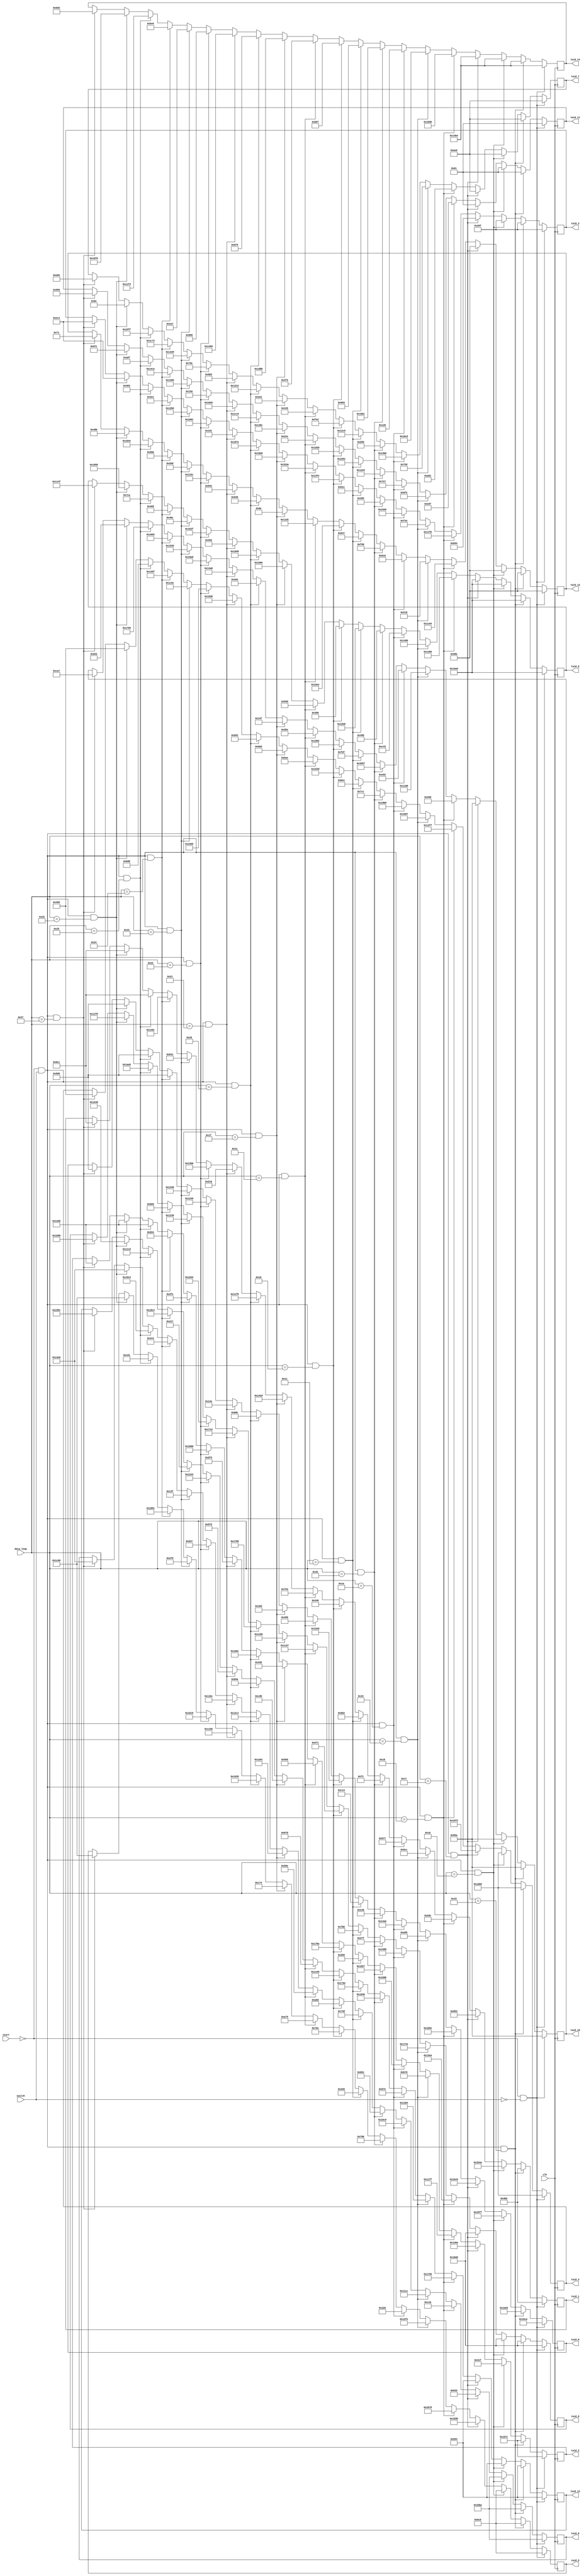
`timescale 1ns / 1ps

module twiddle_data(
    input start, switch, clk,
    input [5:0] data_loop,
    output reg [15:0] twid_0, twid_1, twid_2, twid_3,
           twid_4, twid_5, twid_6, twid_7,
           twid_8, twid_9, twid_10, twid_11,
           twid_12, twid_13, twid_14
    );
    
    //defining twiddle value 
    reg [15:0] shi_128 = 16'd4298, shi_64 = 16'd1213, shi_192 = 16'd5756;
    reg [15:0] shi_32 = 16'd0527, shi_160 = 16'd6832, shi_96 = 16'd1728, shi_224 = 16'd7098;
    
    reg [15:0] shi_16 = 16'd2784, shi_144 = 16'd6315, shi_80 = 16'd5033, shi_208 = 16'd2138;
    reg [15:0] shi_48 = 16'd0097, shi_176 = 16'd2132, shi_112 = 16'd2446, shi_240 = 16'd5300;
    
    //defining twiddle value 
    reg [15:0] shi_8 = 16'd6803, shi_4 = 16'd6986, shi_132 = 16'd0799;
    reg [15:0] shi_2 = 16'd2900, shi_130 = 16'd5618, shi_66 = 16'd7483, shi_194 = 16'd1587;
    
    reg [15:0] shi_1 = 16'd2689, shi_129 = 16'd5098, shi_65 = 16'd5013, shi_193 = 16'd0669;
    reg [15:0] shi_33 = 16'd3799, shi_161 = 16'd5977, shi_97 = 16'd7268, shi_225 = 16'd6918;
    
    //defining twiddle value 
    reg [15:0] shi_136 = 16'd5887, shi_68 = 16'd3411, shi_196 = 16'd5130;
    reg [15:0] shi_34 = 16'd4603, shi_162 = 16'd5119, shi_98 = 16'd7033, shi_226 = 16'd3099;
    
    reg [15:0] shi_17 = 16'd1885, shi_145 = 16'd5956, shi_81 = 16'd5248, shi_209 = 16'd4488;
    reg [15:0] shi_49 = 16'd2546, shi_177 = 16'd4964, shi_113 = 16'd0536, shi_241 = 16'd7109;
    
    //defining twiddle value
    reg [15:0] shi_72 = 16'd5835, shi_36 = 16'd0732, shi_164 = 16'd4607;
    reg [15:0] shi_18 = 16'd3892, shi_146 = 16'd6279, shi_82 = 16'd4862, shi_210 = 16'd4556;
    
    reg [15:0] shi_9 = 16'd5309, shi_137 = 16'd5512, shi_73 = 16'd3139, shi_201 = 16'd3586;
    reg [15:0] shi_41 = 16'd1959, shi_169 = 16'd1406, shi_105 = 16'd2838, shi_233 = 16'd0296;
    
    
    //defining twiddle value
    reg [15:0] shi_200 = 16'd7006, shi_100 = 16'd2508, shi_228 = 16'd2941;
    reg [15:0] shi_50 = 16'd6453, shi_178 = 16'd6584, shi_114 = 16'd0550, shi_242 = 16'd5833;
    
    reg [15:0] shi_25 = 16'd3376, shi_153 = 16'd0639, shi_89 = 16'd1115, shi_217 = 16'd7007;
    reg [15:0] shi_57 = 16'd4841, shi_185 = 16'd6470, shi_121 = 16'd3849, shi_249 = 16'd5809;

    
    //defining twiddle value
    reg [15:0] shi_40 = 16'd2645, shi_20 = 16'd2423, shi_148 = 16'd6299;
    reg [15:0] shi_10 = 16'd0869, shi_138 = 16'd1996, shi_74 = 16'd1800, shi_202 = 16'd1633;
    
    reg [15:0] shi_5 = 16'd4806, shi_133 = 16'd1979, shi_69 = 16'd7480, shi_197 = 16'd4055;
    reg [15:0] shi_37 = 16'd5713, shi_165 = 16'd5998, shi_101 = 16'd1607, shi_229 = 16'd1667;

    
    //defining twiddle value
    reg [15:0] shi_168 = 16'd5282, shi_84 = 16'd0243, shi_212 = 16'd7479;
    reg [15:0] shi_42 = 16'd2844, shi_170 = 16'd3041, shi_106 = 16'd1003, shi_234 = 16'd1853;
    
    reg [15:0] shi_21 = 16'd4066, shi_149 = 16'd1393, shi_85 = 16'd0856, shi_213 = 16'd7570;
    reg [15:0] shi_53 = 16'd7464, shi_181 = 16'd4416, shi_117 = 16'd5614, shi_245 = 16'd2951;

    //defining twiddle value
    reg [15:0] shi_104 = 16'd3654, shi_52 = 16'd1714, shi_180 = 16'd0693;
    reg [15:0] shi_26 = 16'd5118, shi_154 = 16'd6461, shi_90 = 16'd1886, shi_218 = 16'd2573;
    
    reg [15:0] shi_13 = 16'd1065, shi_141 = 16'd7175, shi_77 = 16'd1437, shi_205 = 16'd0702;
    reg [15:0] shi_45 = 16'd0542, shi_173 = 16'd2173, shi_109 = 16'd4561, shi_237 = 16'd1266;

    //defining twiddle value
    reg [15:0] shi_232 = 16'd3092, shi_116 = 16'd0584, shi_244 = 16'd6026;
    reg [15:0] shi_58 = 16'd6974, shi_186 = 16'd2990, shi_122 = 16'd2681, shi_250 = 16'd1438;
    
    reg [15:0] shi_29 = 16'd0738, shi_157 = 16'd7352, shi_93 = 16'd4198, shi_221 = 16'd0335;
    reg [15:0] shi_61 = 16'd4876, shi_189 = 16'd3280, shi_125 = 16'd0218, shi_253 = 16'd7563;
    
    //defining twiddle value
    reg [15:0] shi_24 = 16'd5408, shi_12 = 16'd1875, shi_140 = 16'd1381;
    reg [15:0] shi_6 = 16'd7462, shi_134 = 16'd3501, shi_70 = 16'd3188, shi_198 = 16'd6801;
    
    reg [15:0] shi_3 = 16'd4882, shi_131 = 16'd6025, shi_67 = 16'd7496, shi_195 = 16'd3694;
    reg [15:0] shi_35 = 16'd7360, shi_163 = 16'd2922, shi_99 = 16'd2358, shi_227 = 16'd3445;
    
    //defining twiddle value
    reg [15:0] shi_152 = 16'd1112, shi_76 = 16'd5165, shi_204 = 16'd1080;
    reg [15:0] shi_38 = 16'd6266, shi_166 = 16'd1682, shi_102 = 16'd4149, shi_230 = 16'd4801;
    
    reg [15:0] shi_19 = 16'd1717, shi_147 = 16'd5906, shi_83 = 16'd1170, shi_211 = 16'd5286;
    reg [15:0] shi_51 = 16'd6182, shi_179 = 16'd1657, shi_115 = 16'd2110, shi_243 = 16'd5200;
    
    //defining twiddle value
    reg [15:0] shi_88 = 16'd0365, shi_44 = 16'd4601, shi_172 = 16'd4204;
    reg [15:0] shi_22 = 16'd0257, shi_150 = 16'd6203, shi_86 = 16'd4501, shi_214 = 16'd4540;
    
    reg [15:0] shi_11 = 16'd2012, shi_139 = 16'd6451, shi_75 = 16'd5679, shi_203 = 16'd5805;
    reg [15:0] shi_43 = 16'd0346, shi_171 = 16'd4675, shi_107 = 16'd4924, shi_235 = 16'd2197;
    
    //defining twiddle value
    reg [15:0] shi_216 = 16'd2268, shi_108 = 16'd0528, shi_236 = 16'd3449;
    reg [15:0] shi_54 = 16'd5729, shi_182 = 16'd5637, shi_118 = 16'd5653, shi_246 = 16'd1591;
    
    reg [15:0] shi_27 = 16'd4921, shi_155 = 16'd4665, shi_91 = 16'd1036, shi_219 = 16'd5429;
    reg [15:0] shi_59 = 16'd4870, shi_187 = 16'd0535, shi_123 = 16'd0621, shi_251 = 16'd3751;
    
    //defining twiddle value
    reg [15:0] shi_56 = 16'd0330, shi_28 = 16'd4957, shi_156 = 16'd5773;
    reg [15:0] shi_14 = 16'd4784, shi_142 = 16'd7276, shi_78 = 16'd3837, shi_206 = 16'd0319;
    
    reg [15:0] shi_7 = 16'd7283, shi_135 = 16'd2259, shi_71 = 16'd1129, shi_199 = 16'd5731;
    reg [15:0] shi_39 = 16'd5322, shi_167 = 16'd7619, shi_103 = 16'd3546, shi_231 = 16'd1604;

    //defining twiddle value
    reg [15:0] shi_184 = 16'd4681, shi_92 = 16'd2881, shi_220 = 16'd0766;
    reg [15:0] shi_46 = 16'd0993, shi_174 = 16'd4959, shi_110 = 16'd6273, shi_238 = 16'd1044;
   
    reg [15:0] shi_23 = 16'd5631, shi_151 = 16'd6888, shi_87 = 16'd1994, shi_215 = 16'd5897;
    reg [15:0] shi_55 = 16'd2671, shi_183 = 16'd4544, shi_119 = 16'd6222, shi_247 = 16'd4595;
    
    //defining twiddle value
    reg [15:0] shi_120 = 16'd4928, shi_60 = 16'd5212, shi_188 = 16'd3380;
    reg [15:0] shi_30 = 16'd1155, shi_158 = 16'd2264, shi_94 = 16'd3073, shi_222 = 16'd4115;
    
    reg [15:0] shi_15 = 16'd0094, shi_143 = 16'd4600, shi_79 = 16'd6488, shi_207 = 16'd3394;
    reg [15:0] shi_47 = 16'd3452, shi_175 = 16'd4685, shi_111 = 16'd1131, shi_239 = 16'd6646;
    
    //defining twiddle value
    reg [15:0] shi_248 = 16'd1286, shi_124 = 16'd1740, shi_252 = 16'd4907;
    reg [15:0] shi_62 = 16'd3780, shi_190 = 16'd1125, shi_126 = 16'd7264, shi_254 = 16'd5088;
    
    reg [15:0] shi_31 = 16'd3765, shi_159 = 16'd5784, shi_95 = 16'd4431, shi_223 = 16'd3239;
    reg [15:0] shi_63 = 16'd2457, shi_191 = 16'd6492, shi_127 = 16'd0113, shi_255 = 16'd1771;
    
    
    //logic to developing esssential twiddle faactor
    always @(posedge clk)
    begin
      if(!start && !switch)
      begin
        twid_0 <= shi_128; twid_1 <= shi_64; twid_2 <= shi_192; 
        twid_3 <= shi_32; twid_4 <= shi_160; twid_5 <= shi_96; twid_6 <= shi_224;
        
        twid_7 <= shi_16; twid_8 <= shi_144; twid_9 <= shi_80; twid_10 <= shi_208;
        twid_11 <= shi_48; twid_12 <= shi_176; twid_13 <= shi_112; twid_14 <= shi_240;
      end
      
      else if(!start && switch && data_loop == 6'h15)
      begin
        twid_0 <= shi_8; twid_1 <= shi_64; twid_2 <= shi_192; 
        twid_3 <= shi_32; twid_4 <= shi_160; twid_5 <= shi_96; twid_6 <= shi_224;
        
        twid_7 <= shi_16; twid_8 <= shi_144; twid_9 <= shi_80; twid_10 <= shi_208;
        twid_11 <= shi_48; twid_12 <= shi_176; twid_13 <= shi_112; twid_14 <= shi_240; 
      end
      
      else if(!start && switch && data_loop == 6'h16)
      begin
        twid_0 <= shi_136; twid_1 <= shi_4; twid_2 <= shi_132; 
        twid_3 <= shi_32; twid_4 <= shi_160; twid_5 <= shi_96; twid_6 <= shi_224;
        
        twid_7 <= shi_16; twid_8 <= shi_144; twid_9 <= shi_80; twid_10 <= shi_208;
        twid_11 <= shi_48; twid_12 <= shi_176; twid_13 <= shi_112; twid_14 <= shi_240; 
      end
      
      else if(!start && switch && data_loop == 6'h17)
      begin
        twid_0 <= shi_72; twid_1 <= shi_68; twid_2 <= shi_196; 
        twid_3 <= shi_2; twid_4 <= shi_130; twid_5 <= shi_66; twid_6 <= shi_194;
        
        twid_7 <= shi_16; twid_8 <= shi_144; twid_9 <= shi_80; twid_10 <= shi_208;
        twid_11 <= shi_48; twid_12 <= shi_176; twid_13 <= shi_112; twid_14 <= shi_240; 
      end
      
      else if(!start && switch && data_loop == 6'h18)
      begin
        twid_0 <= shi_200; twid_1 <= shi_36; twid_2 <= shi_164; 
        twid_3 <= shi_34; twid_4 <= shi_162; twid_5 <= shi_98; twid_6 <= shi_226;
        
        twid_7 <= shi_1; twid_8 <= shi_129; twid_9 <= shi_65; twid_10 <= shi_193;
        twid_11 <= shi_33; twid_12 <= shi_161; twid_13 <= shi_97; twid_14 <= shi_225; 
      end

      else if(!start && switch && data_loop == 6'h19)
      begin
        twid_0 <= shi_40; twid_1 <= shi_100; twid_2 <= shi_228; 
        twid_3 <= shi_18; twid_4 <= shi_146; twid_5 <= shi_82; twid_6 <= shi_210;
        
        twid_7 <= shi_17; twid_8 <= shi_145; twid_9 <= shi_81; twid_10 <= shi_209;
        twid_11 <= shi_49; twid_12 <= shi_177; twid_13 <= shi_113; twid_14 <= shi_241; 
      end
      
      else if(!start && switch && data_loop == 6'h1a)
      begin
        twid_0 <= shi_168; twid_1 <= shi_20; twid_2 <= shi_148; 
        twid_3 <= shi_50; twid_4 <= shi_178; twid_5 <= shi_114; twid_6 <= shi_242;
        
        twid_7 <= shi_9; twid_8 <= shi_137; twid_9 <= shi_73; twid_10 <= shi_201;
        twid_11 <= shi_41; twid_12 <= shi_169; twid_13 <= shi_105; twid_14 <= shi_233; 
      end
      
      else if(!start && switch && data_loop == 6'h1b)
      begin
        twid_0 <= shi_104; twid_1 <= shi_84; twid_2 <= shi_212; 
        twid_3 <= shi_10; twid_4 <= shi_138; twid_5 <= shi_74; twid_6 <= shi_202;
        
        twid_7 <= shi_25; twid_8 <= shi_153; twid_9 <= shi_89; twid_10 <= shi_217;
        twid_11 <= shi_57; twid_12 <= shi_185; twid_13 <= shi_121; twid_14 <= shi_249; 
      end
      
      else if(!start && switch && data_loop == 6'h1c)
      begin
        twid_0 <= shi_232; twid_1 <= shi_52; twid_2 <= shi_180; 
        twid_3 <= shi_42; twid_4 <= shi_170; twid_5 <= shi_106; twid_6 <= shi_234;
        
        twid_7 <= shi_5; twid_8 <= shi_133; twid_9 <= shi_69; twid_10 <= shi_197;
        twid_11 <= shi_37; twid_12 <= shi_165; twid_13 <= shi_101; twid_14 <= shi_229; 
      end
      
      else if(!start && switch && data_loop == 6'h1d)
      begin
        twid_0 <= shi_24; twid_1 <= shi_116; twid_2 <= shi_244; 
        twid_3 <= shi_26; twid_4 <= shi_154; twid_5 <= shi_90; twid_6 <= shi_218;
        
        twid_7 <= shi_21; twid_8 <= shi_149; twid_9 <= shi_85; twid_10 <= shi_213;
        twid_11 <= shi_53; twid_12 <= shi_181; twid_13 <= shi_117; twid_14 <= shi_245; 
      end
      
      else if(!start && switch && data_loop == 6'h1e)
      begin
        twid_0 <= shi_152; twid_1 <= shi_12; twid_2 <= shi_140; 
        twid_3 <= shi_58; twid_4 <= shi_186; twid_5 <= shi_122; twid_6 <= shi_250;
        
        twid_7 <= shi_13; twid_8 <= shi_141; twid_9 <= shi_77; twid_10 <= shi_205;
        twid_11 <= shi_45; twid_12 <= shi_173; twid_13 <= shi_109; twid_14 <= shi_237; 
      end
      
      else if(!start && switch && data_loop == 6'h1f)
      begin
        twid_0 <= shi_88; twid_1 <= shi_76; twid_2 <= shi_204; 
        twid_3 <= shi_6; twid_4 <= shi_134; twid_5 <= shi_70; twid_6 <= shi_198;
        
        twid_7 <= shi_29; twid_8 <= shi_157; twid_9 <= shi_93; twid_10 <= shi_221;
        twid_11 <= shi_61; twid_12 <= shi_189; twid_13 <= shi_125; twid_14 <= shi_253; 
      end
      
      else if(!start && switch && data_loop == 6'h20)
      begin
        twid_0 <= shi_216; twid_1 <= shi_44; twid_2 <= shi_172; 
        twid_3 <= shi_38; twid_4 <= shi_166; twid_5 <= shi_102; twid_6 <= shi_230;
        
        twid_7 <= shi_3; twid_8 <= shi_131; twid_9 <= shi_67; twid_10 <= shi_195;
        twid_11 <= shi_35; twid_12 <= shi_163; twid_13 <= shi_99; twid_14 <= shi_227; 
      end
      
      else if(!start && switch && data_loop == 6'h21)
      begin
        twid_0 <= shi_56; twid_1 <= shi_108; twid_2 <= shi_236; 
        twid_3 <= shi_22; twid_4 <= shi_150; twid_5 <= shi_86; twid_6 <= shi_214;
        
        twid_7 <= shi_19; twid_8 <= shi_147; twid_9 <= shi_83; twid_10 <= shi_211;
        twid_11 <= shi_51; twid_12 <= shi_179; twid_13 <= shi_115; twid_14 <= shi_243; 
      end
      
      else if(!start && switch && data_loop == 6'h22)
      begin
        twid_0 <= shi_184; twid_1 <= shi_28; twid_2 <= shi_156; 
        twid_3 <= shi_54; twid_4 <= shi_182; twid_5 <= shi_118; twid_6 <= shi_246;
        
        twid_7 <= shi_11; twid_8 <= shi_139; twid_9 <= shi_75; twid_10 <= shi_203;
        twid_11 <= shi_43; twid_12 <= shi_171; twid_13 <= shi_107; twid_14 <= shi_235; 
      end
      
      else if(!start && switch && data_loop == 6'h23)
      begin
        twid_0 <= shi_120; twid_1 <= shi_92; twid_2 <= shi_220; 
        twid_3 <= shi_14; twid_4 <= shi_142; twid_5 <= shi_78; twid_6 <= shi_206;
        
        twid_7 <= shi_27; twid_8 <= shi_155; twid_9 <= shi_91; twid_10 <= shi_219;
        twid_11 <= shi_59; twid_12 <= shi_187; twid_13 <= shi_123; twid_14 <= shi_251; 
      end
      
      else if(!start && switch && data_loop == 6'h24)
      begin
        twid_0 <= shi_248; twid_1 <= shi_60; twid_2 <= shi_188; 
        twid_3 <= shi_46; twid_4 <= shi_174; twid_5 <= shi_110; twid_6 <= shi_238;
        
        twid_7 <= shi_7; twid_8 <= shi_135; twid_9 <= shi_71; twid_10 <= shi_199;
        twid_11 <= shi_39; twid_12 <= shi_167; twid_13 <= shi_103; twid_14 <= shi_231; 
      end
      
      else if(!start && switch && data_loop == 6'h25)
      begin
        twid_0 <= shi_248; twid_1 <= shi_124; twid_2 <= shi_252; 
        twid_3 <= shi_30; twid_4 <= shi_158; twid_5 <= shi_94; twid_6 <= shi_222;
        
        twid_7 <= shi_23; twid_8 <= shi_151; twid_9 <= shi_87; twid_10 <= shi_215;
        twid_11 <= shi_55; twid_12 <= shi_183; twid_13 <= shi_119; twid_14 <= shi_247; 
      end
      
      else if(!start && switch && data_loop == 6'h26)
      begin
        twid_0 <= shi_248; twid_1 <= shi_124; twid_2 <= shi_252; 
        twid_3 <= shi_62; twid_4 <= shi_190; twid_5 <= shi_126; twid_6 <= shi_254;
        
        twid_7 <= shi_15; twid_8 <= shi_143; twid_9 <= shi_79; twid_10 <= shi_207;
        twid_11 <= shi_47; twid_12 <= shi_175; twid_13 <= shi_111; twid_14 <= shi_239; 
      end
      
      else if(!start && switch && data_loop == 6'h27)
      begin
        twid_0 <= shi_248; twid_1 <= shi_124; twid_2 <= shi_252; 
        twid_3 <= shi_62; twid_4 <= shi_190; twid_5 <= shi_126; twid_6 <= shi_254;
        
        twid_7 <= shi_31; twid_8 <= shi_159; twid_9 <= shi_95; twid_10 <= shi_223;
        twid_11 <= shi_63; twid_12 <= shi_191; twid_13 <= shi_127; twid_14 <= shi_255; 
      end
      
    end

    
endmodule